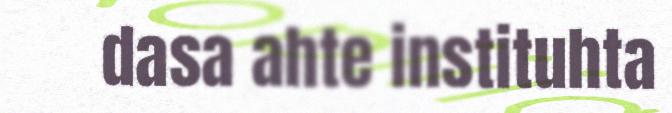
dasa ahte instituhta